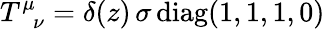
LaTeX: T_{\; \; \nu}^{\mu}=\delta(z)\, \sigma\, {\mathrm{diag}}(1,1,1,0)